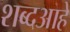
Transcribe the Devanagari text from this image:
शब्दआहे